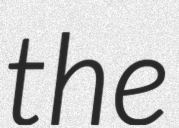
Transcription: the